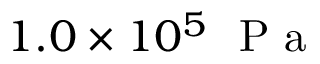
1 . 0 \times 1 0 ^ { 5 } ~ \mathrm { ~ P ~ a ~ }